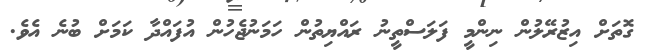
ގޮތަށް އިޒުރޭލުން ނިންމީ ފަލަސްތީނު ރައްޔިތުން ހަމަނުޖެހުން އުފައްދާ ކަމަށް ބުނެ އެވެ.